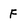
Character: F